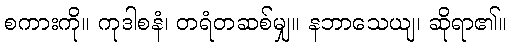
စကားကို။ ကုဒါစနံ၊ တရံတဆစ်မျှ။ နဘာသေယျ၊ ဆိုရာ၏။